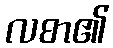
လစာ၏